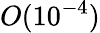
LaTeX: O(10^{-4})